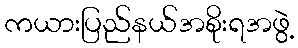
ကယားပြည်နယ်အစိုးရအဖွဲ့